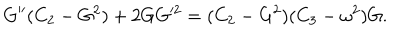
G ^ { \prime \prime } ( C _ { 2 } - G ^ { 2 } ) + 2 G G ^ { 2 } = ( C _ { 2 } - G ^ { 2 } ) ( C _ { 3 } - \omega ^ { 2 } ) G .